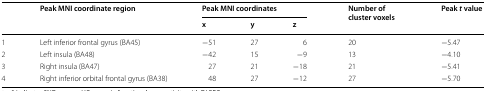
<table><thead><tr><td rowspan="2"></td><td rowspan="2"><b>Peak MNI coordinate region</b></td><td colspan="3"><b>Peak MNI coordinates</b></td><td rowspan="2"><b>Number of cluster voxels</b></td><td rowspan="2"><b>Peak <i>t</i> value</b></td></tr><tr><td><b>x</b></td><td><b>y</b></td><td><b>z</b></td></tr></thead><tbody><tr><td>1</td><td>Left inferior frontal gyrus (BA45)</td><td>−51</td><td>27</td><td>6</td><td>20</td><td>−5.47</td></tr><tr><td>2</td><td>Left insula (BA48)</td><td>−42</td><td>15</td><td>−9</td><td>13</td><td>−4.10</td></tr><tr><td>3</td><td>Right insula (BA47)</td><td>27</td><td>21</td><td>−18</td><td>21</td><td>−5.41</td></tr><tr><td>4</td><td>Right inferior orbital frontal gyrus (BA38)</td><td>48</td><td>27</td><td>−12</td><td>27</td><td>−5.70</td></tr></tbody></table>